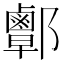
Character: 𨟜